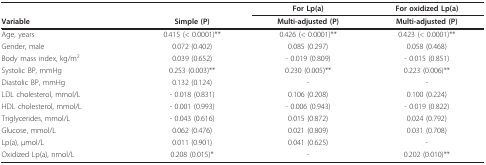
|  |  | For Lp(a) | For oxidized Lp(a) |
 | Variable | Simple (P) | Multi-adjusted (P) | Multi-adjusted (P) |
 | --- | --- | --- | --- |
 | Age, years | 0.415 (< 0.0001)** | 0.426 (< 0.0001)** | 0.423 (< 0.0001)** |
 | Gender, male | 0.072 (0.402) | 0.085 (0.297) | 0.058 (0.468) |
 | Body mass index, kg/m2 | 0.039 (0.652) | - 0.019 (0.809) | - 0.015 (0.851) |
 | Systolic BP, mmHg | 0.253 (0.003)** | 0.230 (0.005)** | 0.223 (0.006)** |
 | Diastolic BP, mmHg | 0.132 (0.124) | - | - |
 | LDL cholesterol, mmol/L | - 0.018 (0.831) | 0.106 (0.208) | 0.100 (0.224) |
 | HDL cholesterol, mmol/L | - 0.001 (0.993) | - 0.006 (0.943) | - 0.019 (0.822) |
 | Triglycerides, mmol/L | - 0.043 (0.616) | 0.015 (0.872) | 0.024 (0.792) |
 | Glucose, mmol/L | 0.062 (0.476) | 0.021 (0.809) | 0.031 (0.708) |
 | Lp(a), μmol/L | 0.011 (0.901) | 0.041 (0.625) | - |
 | Oxidized Lp(a), nmol/L | 0.208 (0.015)* | - | 0.202 (0.010)** |